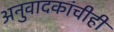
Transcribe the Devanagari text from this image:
अनुवादकांचीही